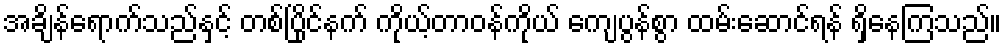
အချိန်ရောက်သည်နှင့် တစ်ပြိုင်နက် ကိုယ့်တာဝန်ကိုယ် ကျေပွန်စွာ ထမ်းဆောင်ရန် ရှိနေကြသည်။